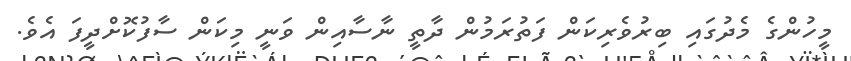
މީހުންގެ މެދުގައި ބިރުވެރިކަން ފަތުރަމުން ދާތީ ނާސާއިން ވަނީ މިކަން ސާފުކޮށްދީފަ އެވެ.